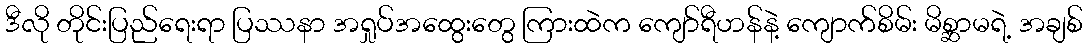
ဒီလို တိုင်းပြည်ရေးရာ ပြဿနာ အရှုပ်အထွေးတွေ ကြားထဲက ကျော်ရီဟန်နဲ့ ကျောက်စိမ်း မိစ္ဆာမရဲ့ အချစ်